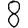
Digit: 8